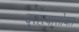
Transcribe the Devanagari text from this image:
दुसऱ्यासोबत